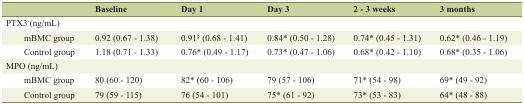
<table><thead><tr><td></td><td><b>Baseline</b></td><td><b>Day 1</b></td><td><b>Day 3</b></td><td><b>2 - 3 weeks</b></td><td><b>3 months</b></td></tr></thead><tbody><tr><td>PTX3 (ng/mL)</td><td></td><td></td><td></td><td></td><td></td></tr><tr><td>mBMC group</td><td>0.92 (0.67 - 1.38)</td><td>0.91<sup>§</sup> (0.68 - 1.41)</td><td>0.84* (0.50 - 1.28)</td><td>0.74* (0.45 - 1.31)</td><td>0.62* (0.46 - 1.19)</td></tr><tr><td>Control group</td><td>1.18 (0.71 - 1.33)</td><td>0.76* (0.49 - 1.17)</td><td>0.73* (0.47 - 1.06)</td><td>0.68* (0.42 - 1.10)</td><td>0.68* (0.35 - 1.06)</td></tr><tr><td>MPO (ng/mL)</td><td></td><td></td><td></td><td></td><td></td></tr><tr><td>mBMC group</td><td>80 (60 - 120)</td><td>82* (60 - 106)</td><td>79 (57 - 106)</td><td>71* (54 - 98)</td><td>69* (49 - 92)</td></tr><tr><td>Control group</td><td>79 (59 - 115)</td><td>76 (54 - 101)</td><td>75* (61 - 92)</td><td>73* (53 - 83)</td><td>64* (48 - 88)</td></tr></tbody></table>